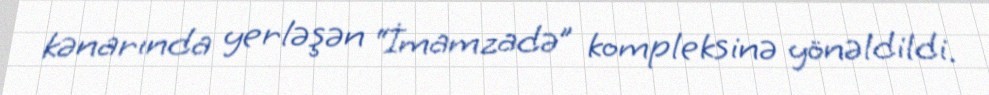
kənarında yerləşən “İmamzadə” kompleksinə yönəldildi.